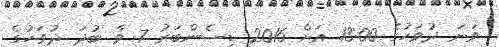
ވަނަ ދުވަހުގެ 13:00 އަށް 2016 ޑިސެންބަރު 7 ވާ ބުދަ ދުވަހުގެ